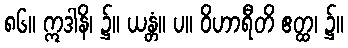
၈၆။ ဣဒါနိ၊ ၌။ ယန္တံ။ ပ။ ဝိဟာရီတိ ဧတ္ထ၊ ၌။